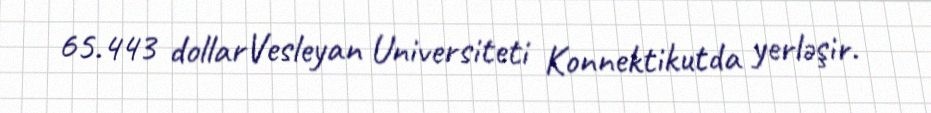
65.443 dollarVesleyan Universiteti Konnektikutda yerləşir.